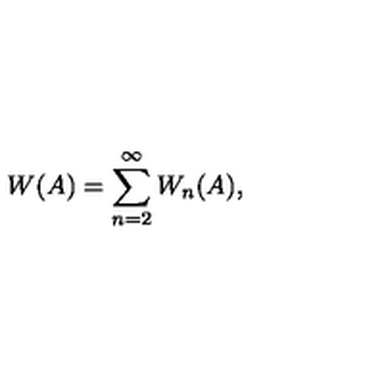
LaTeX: W ( A ) = \sum _ { n = 2 } ^ { \infty } W _ { n } ( A ) ,